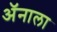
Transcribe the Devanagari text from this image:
ॲनाला